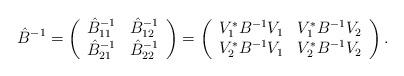
LaTeX: \begin{align*}\hat{B}^{-1}=\left(\begin{array}{cc}\hat{B}^{-1}_{11} & \hat{B}^{-1}_{12} \\\hat{B}^{-1}_{21} & \hat{B}^{-1}_{22} \\\end{array}\right)=\left(\begin{array}{cc}V^{*}_{1}B^{-1}V_{1} & V^{*}_{1}B^{-1}V_{2} \\V^{*}_{2}B^{-1}V_{1} & V^{*}_{2}B^{-1}V_{2} \\\end{array}\right).\end{align*}